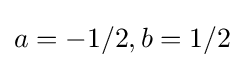
a=-1/2,b=1/2